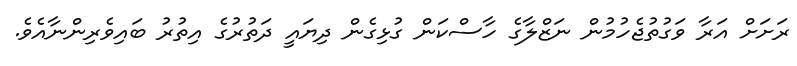
ރަށަށް އަރާ ވަގުތުޖެހުމުން ނަޒްލާގެ ހާސްކަން ގުޅިގެން ދިޔައީ ދަތުރުގެ އިތުރު ބައިވެރިންނާއެވެ.